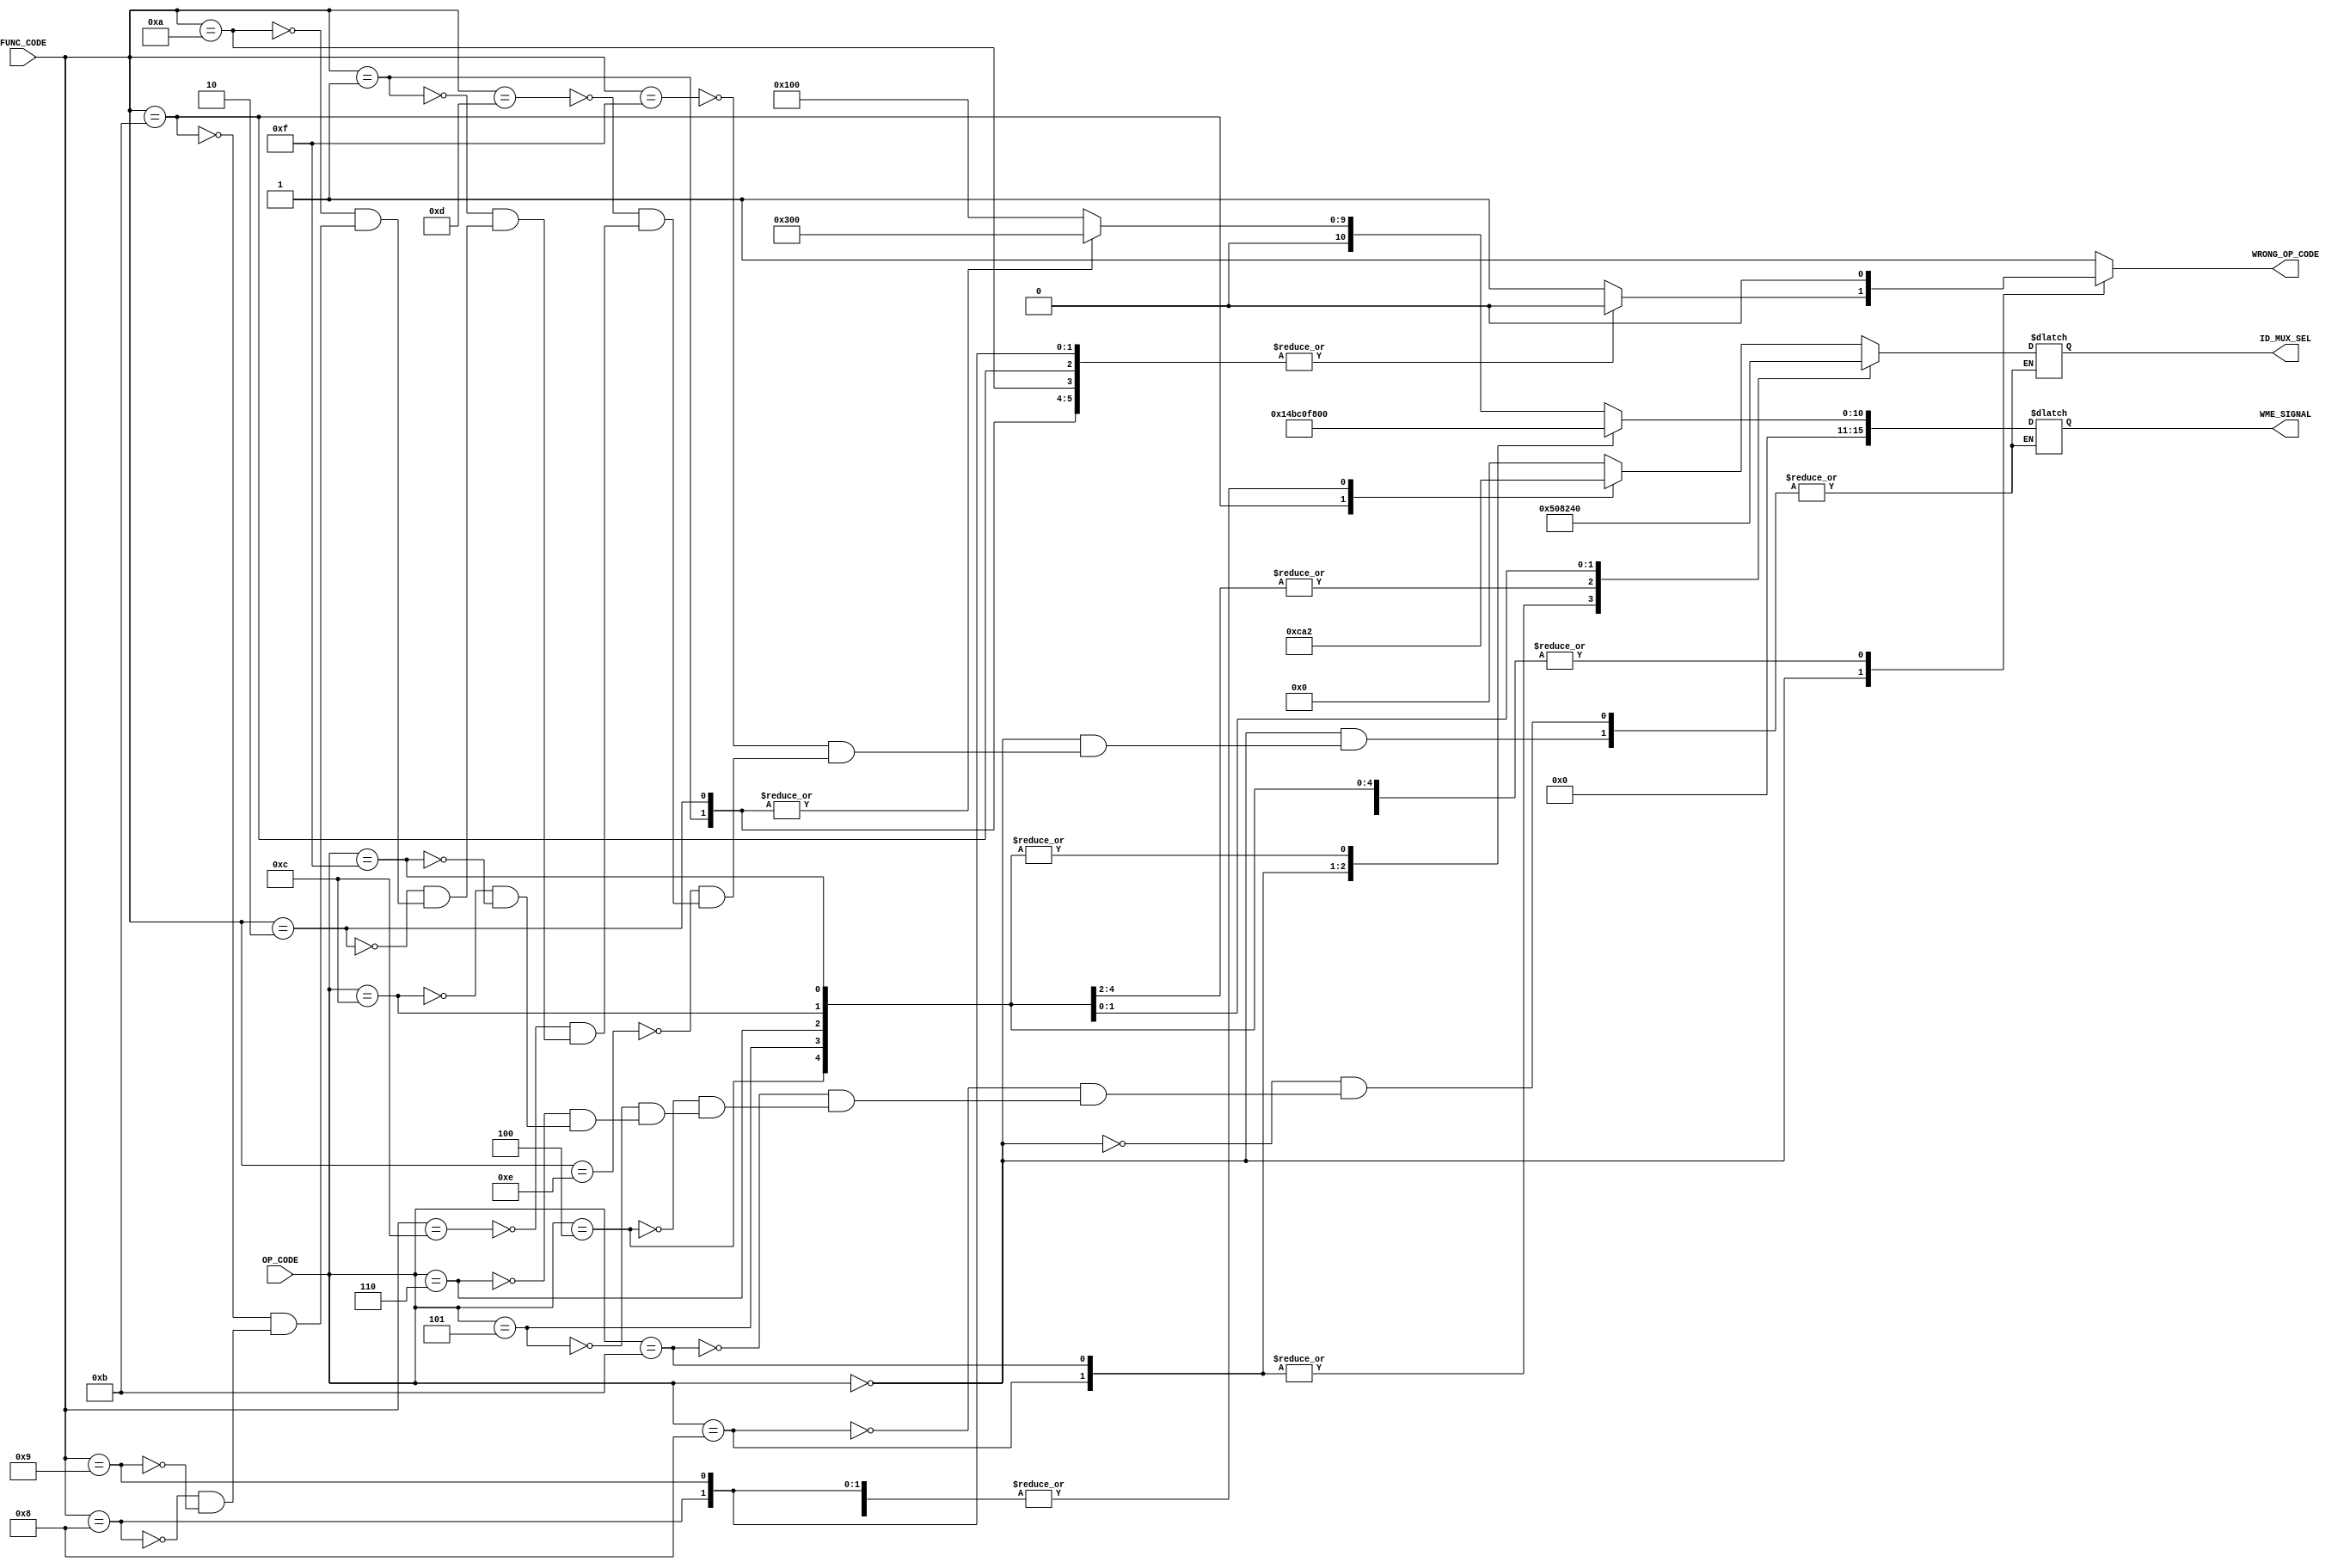
module ControlUnit
#(parameter OPSIZE = 4, BUFF = 16)
(
input[OPSIZE -1 : 0] OP_CODE, FUNC_CODE, 
/********************************************************
 *
 *
 *   0000, WB, MEM, EXE
 *   WB Signal : Not Used, alu_mem_mux_sel, Write_Enable2, Write_Enable1
 *   MEM Signal : Not Used, Not Used, MEM_READ, MEM_WRITE
 *   EXE Signal : operation code for non alu operation 
 *                otherwise 0
 *
 * ******************************************************/
output reg [BUFF - 1 : 0] WME_SIGNAL, 
/********************************************************
 *
 *
 *   Imm, Extension R0, Op1, Op2, Offset
 *
 *
 * ******************************************************/
output reg[5:0]  ID_MUX_SEL,
output reg WRONG_OP_CODE
);

always@(*)
begin
	WRONG_OP_CODE = 1'b0;
	case(OP_CODE)
	4'b0000:
	begin
		case(FUNC_CODE)
			
			4'b1111:
			begin
				$display("\n\n------------------------------ Instruction: Signed Addition------------------------------");
				ID_MUX_SEL = 6'b000000;	
				WME_SIGNAL = 16'h0100; 
			end 

			4'b1110:
			begin
				$display("\n\n------------------------------ Instruction: Signed Subtraction------------------------------");
				ID_MUX_SEL = 6'b000000;	
				WME_SIGNAL = 16'h0100; 
			end 
			
			4'b1101:
			begin
				$display("\n\n------------------------------ Instruction: Bitwise and");
				ID_MUX_SEL = 6'b000000;	
				WME_SIGNAL = 16'h0100; 
			end 

			4'b1100:
			begin
				$display("\n\n------------------------------ Instruction: Bitwise or");
				ID_MUX_SEL = 6'b000000;	
				WME_SIGNAL = 16'h0100; 
			end 

			4'b0001:
			begin
				$display("\n\n------------------------------ Instruction: Signed Multiplication");
				ID_MUX_SEL = 6'b000000;
				WME_SIGNAL = 16'h0300; 
			end

			4'b0010:
			begin
				$display("\n\n------------------------------ Instruction: Signed Division");
				ID_MUX_SEL = 6'b000000;
				WME_SIGNAL = 16'h0300; 
			end 

			4'b1010:
			begin
				$display("\n\n------------------------------ Instruction: logical Shift Left");
				ID_MUX_SEL = 6'b100010;
				WME_SIGNAL = 16'h0100; 
			end 
			4'b1011:
			begin
				$display("\n\n------------------------------ Instruction: logical Shift Right");
				ID_MUX_SEL = 6'b110010;
				WME_SIGNAL = 16'h0100; 
			end 

			4'b1000:
			begin
				$display("\n\n------------------------------ Instruction: Rotate Left");
				ID_MUX_SEL = 6'b100010;
				WME_SIGNAL = 16'h0100; 
			end 

			4'b1001:
			begin
				$display("\n\n------------------------------ Instruction: Rotate Right");			
				ID_MUX_SEL = 6'b100010;
				WME_SIGNAL = 16'h0100; 
			end 
			
			default:
			begin 
				$display("\n\n------------------------------ Instruction: Wrong Operation");	
				WRONG_OP_CODE = 1'b1;
			end
		endcase 
	end 

	4'b1000:
	begin
		$display("\n\n------------------------------ Instruction: load");
		ID_MUX_SEL = 6'b010100;	
		WME_SIGNAL = 16'h052f; 
	end 

	4'b1011:
	begin	
		$display("\n\n------------------------------ Instruction: store");
		ID_MUX_SEL = 6'b010100;	
		WME_SIGNAL = 16'h001f; 
	end 

	4'b0100:
	begin
		$display("\n\n------------------------------ Instruction: blt");
		ID_MUX_SEL = 6'b001000;	
		WME_SIGNAL = 16'h0000; 
	end 

	4'b0101:
	begin
		$display("\n\n------------------------------ Instruction: bgt");
		ID_MUX_SEL = 6'b001000;	
		WME_SIGNAL = 16'h0000; 
	end 

	4'b0110:
	begin
		$display("\n\n------------------------------ Instruction: beq");
		ID_MUX_SEL = 6'b001000;	
		WME_SIGNAL = 16'h0000; 
	end 

	4'b1100:
	begin
		$display("\n\n------------------------------ Instruction: jump");
		ID_MUX_SEL = 6'b001001;	
		WME_SIGNAL = 16'h0000; 
	end 

	4'b1111:	
	begin
		$display("\n\n------------------------------ Instruction: halt");
		ID_MUX_SEL = 6'b000000;	
		WME_SIGNAL = 16'h0000; 
	end 
	
	default:
	begin
		$display("\n\n------------------------------ Invalid Operation");
		WRONG_OP_CODE = 1'b1;
	end
	endcase
	$display("*******************************************************************************************\n\n");
end   
endmodule